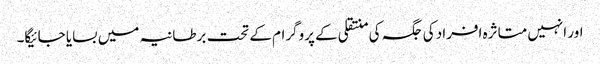
اور انہیں متاثرہ افراد کی جگہ کی منتقلی کے پروگرام کے تحت برطانیہ میں بسایا جائیگا۔